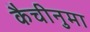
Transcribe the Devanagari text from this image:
कैचीनुमा